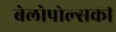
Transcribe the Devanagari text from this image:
बेलोपोल्सकी